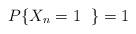
LaTeX: \begin{align*}P\{X_n = 1 \ \; \} = 1\end{align*}